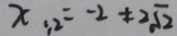
x _ { 1 2 } = - 2 \neq 2 \sqrt { 2 }